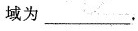
域为___.